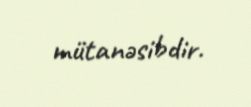
mütanəsibdir.